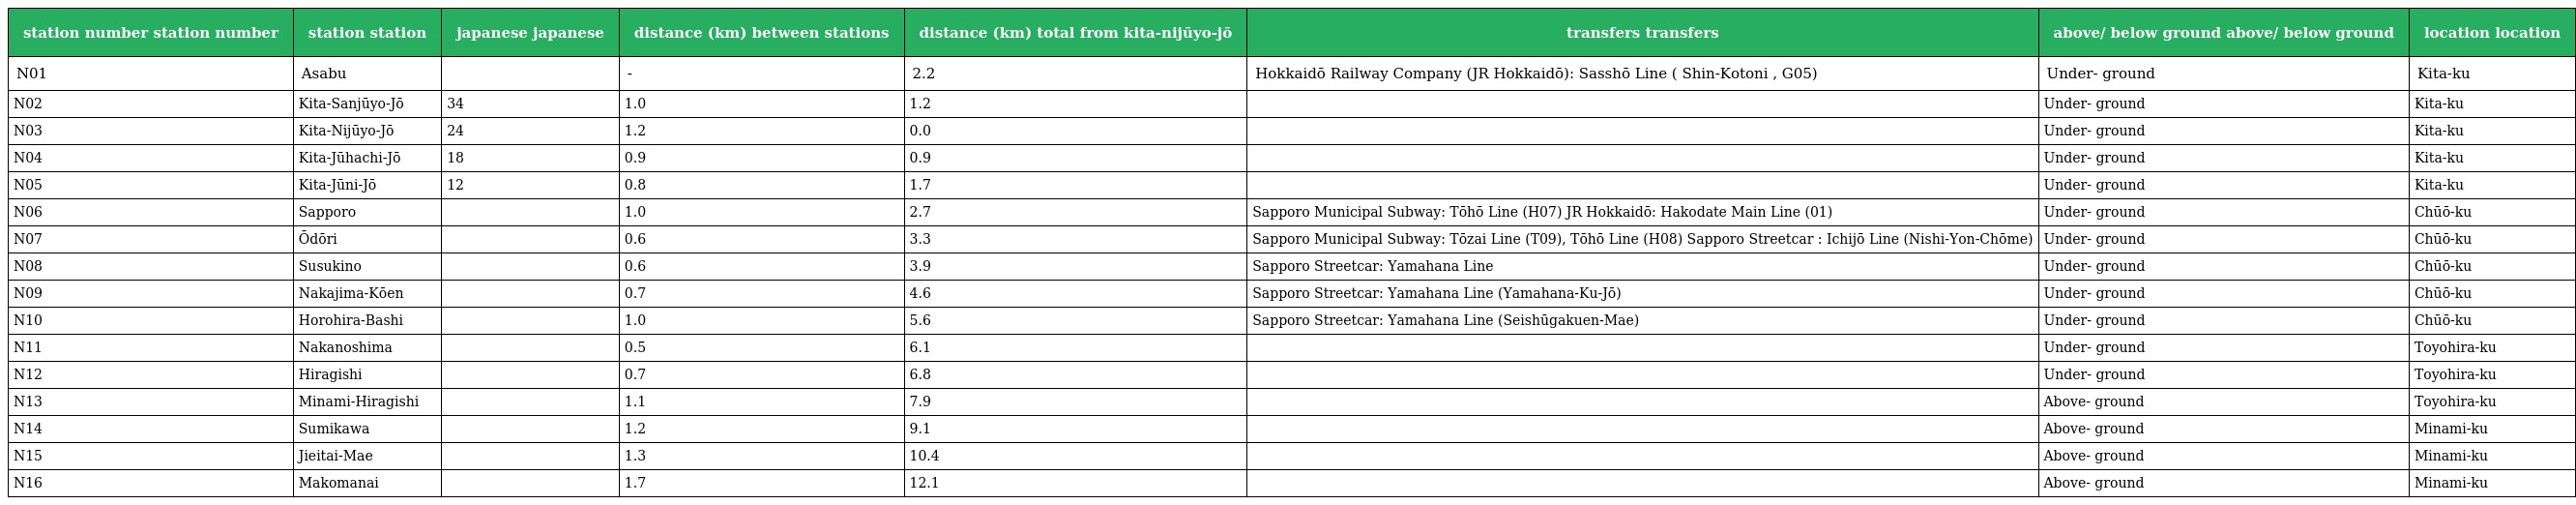
| station number station number | station station | japanese japanese | distance (km) between stations | distance (km) total from kita-nijūyo-jō | transfers transfers | above/ below ground above/ below ground | location location |
 | --- | --- | --- | --- | --- | --- | --- | --- |
 | N01 | Asabu | 麻生 | - | 2.2 | Hokkaidō Railway Company (JR Hokkaidō): Sasshō Line ( Shin-Kotoni , G05) | Under- ground | Kita-ku |
 | N02 | Kita-Sanjūyo-Jō | 北34条 | 1.0 | 1.2 |  | Under- ground | Kita-ku |
 | N03 | Kita-Nijūyo-Jō | 北24条 | 1.2 | 0.0 |  | Under- ground | Kita-ku |
 | N04 | Kita-Jūhachi-Jō | 北18条 | 0.9 | 0.9 |  | Under- ground | Kita-ku |
 | N05 | Kita-Jūni-Jō | 北12条 | 0.8 | 1.7 |  | Under- ground | Kita-ku |
 | N06 | Sapporo | さっぽろ | 1.0 | 2.7 | Sapporo Municipal Subway: Tōhō Line (H07) JR Hokkaidō: Hakodate Main Line (01) | Under- ground | Chūō-ku |
 | N07 | Ōdōri | 大通 | 0.6 | 3.3 | Sapporo Municipal Subway: Tōzai Line (T09), Tōhō Line (H08) Sapporo Streetcar : Ichijō Line (Nishi-Yon-Chōme) | Under- ground | Chūō-ku |
 | N08 | Susukino | すすきの | 0.6 | 3.9 | Sapporo Streetcar: Yamahana Line | Under- ground | Chūō-ku |
 | N09 | Nakajima-Kōen | 中島公園 | 0.7 | 4.6 | Sapporo Streetcar: Yamahana Line (Yamahana-Ku-Jō) | Under- ground | Chūō-ku |
 | N10 | Horohira-Bashi | 幌平橋 | 1.0 | 5.6 | Sapporo Streetcar: Yamahana Line (Seishūgakuen-Mae) | Under- ground | Chūō-ku |
 | N11 | Nakanoshima | 中の島 | 0.5 | 6.1 |  | Under- ground | Toyohira-ku |
 | N12 | Hiragishi | 平岸 | 0.7 | 6.8 |  | Under- ground | Toyohira-ku |
 | N13 | Minami-Hiragishi | 南平岸 | 1.1 | 7.9 |  | Above- ground | Toyohira-ku |
 | N14 | Sumikawa | 澄川 | 1.2 | 9.1 |  | Above- ground | Minami-ku |
 | N15 | Jieitai-Mae | 自衛隊前 | 1.3 | 10.4 |  | Above- ground | Minami-ku |
 | N16 | Makomanai | 真駒内 | 1.7 | 12.1 |  | Above- ground | Minami-ku |